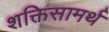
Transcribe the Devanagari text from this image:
शक्तिसामर्थ